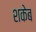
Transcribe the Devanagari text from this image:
शकेब